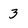
Character: 3